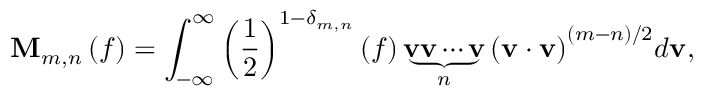
{ \bf { M } } _ { m , n } \left( f \right) = \int _ { - \infty } ^ { \infty } { { { \left( { \frac { 1 } { 2 } } \right) } ^ { 1 - { \delta _ { m , n } } } } \left( f \right) \underbrace { { { \bf { v } } } { { \bf { v } } } \cdots { { \bf { v } } } } _ { n } { { \left( { { { \bf { v } } } \cdot { { \bf { v } } } } \right) } ^ { \left( { m - n } \right) / 2 } } d { \bf { v } } } ,